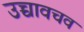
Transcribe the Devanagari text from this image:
उच्चावचव